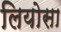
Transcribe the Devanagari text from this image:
लियोसा